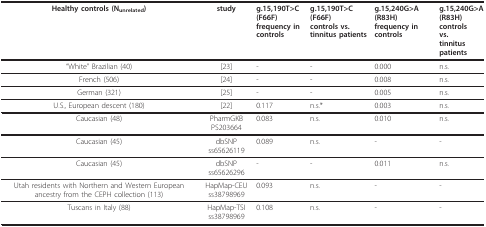
| Healthy controls (Nunrelated) | study | g.15,190T>C (F66F)frequency in controls | g.15,190T>C (F66F)controls vs. tinnitus patients | g.15,240G>A(R83H) frequency in controls | g.15,240G>A(R83H) controlsvs.tinnitus patients |
 | --- | --- | --- | --- | --- | --- |
 | "White" Brazilian (40) | [23] | - | - | 0.000 | n.s. |
 | French (506) | [24] | - | - | 0.008 | n.s. |
 | German (321) | [25] | - | - | 0.005 | n.s. |
 | U.S., European descent (180) | [22] | 0.117 | n.s.* | 0.003 | n.s. |
 | Caucasian (48) | PharmGKB PS203664 | 0.083 | n.s. | 0.010 | n.s. |
 | Caucasian (45) | dbSNP ss65626119 | 0.089 | n.s. | - | - |
 | Caucasian (45) | dbSNP ss65626296 | - | - | 0.011 | n.s. |
 | Utah residents with Northern and Western European ancestry from the CEPH collection (113) | HapMap-CEU ss38798969 | 0.093 | n.s. | - | - |
 | Tuscans in Italy (88) | HapMap-TSI ss38798969 | 0.108 | n.s. | - | - |